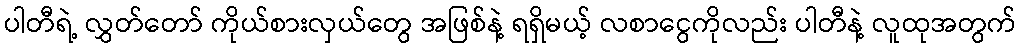
ပါတီရဲ့ လွှတ်တော် ကိုယ်စားလှယ်တွေ အဖြစ်နဲ့ ရရှိမယ့် လစာငွေကိုလည်း ပါတီနဲ့ လူထုအတွက်